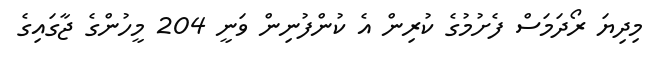
މިދިޔަ ރޯދަމަސް ފެށުމުގެ ކުރިން އެ ކުންފުނިން ވަނީ 204 މީހުންގެ ޖާގައިގެ